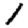
Digit: 1